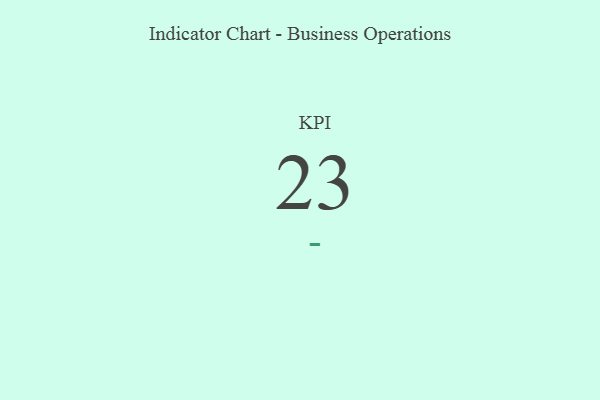
{"axis": {"x": "KPI", "y": "Value"}, "legend": [""], "data": [{"x": "KPI", "y": 23, "type": ""}]}